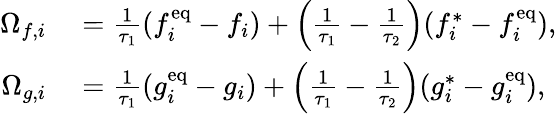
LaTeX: \begin{array}{rl}{\Omega_{f,i}}&{{}=\frac{1}{\tau_{1}}(f_{i}^{\mathrm{eq}}-f_{i})+\left(\frac{1}{\tau_{1}}-\frac{1}{\tau_{2}}\right)(f_{i}^{\ast}-f_{i}^{\mathrm{eq}}),}\\ {\Omega_{g,i}}&{{}=\frac{1}{\tau_{1}}(g_{i}^{\mathrm{eq}}-g_{i})+\left(\frac{1}{\tau_{1}}-\frac{1}{\tau_{2}}\right)(g_{i}^{\ast}-g_{i}^{\mathrm{eq}}),}\end{array}